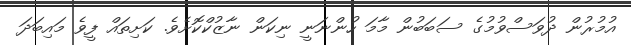
އުމުރުން ދުވަސްވުމުގެ ސަބަބުން މާމަ ހުންނަނީ ނިކަން ނާޒުކްކޮށެވެ. ކަށިތައް ފީވެ މައިބަދަ